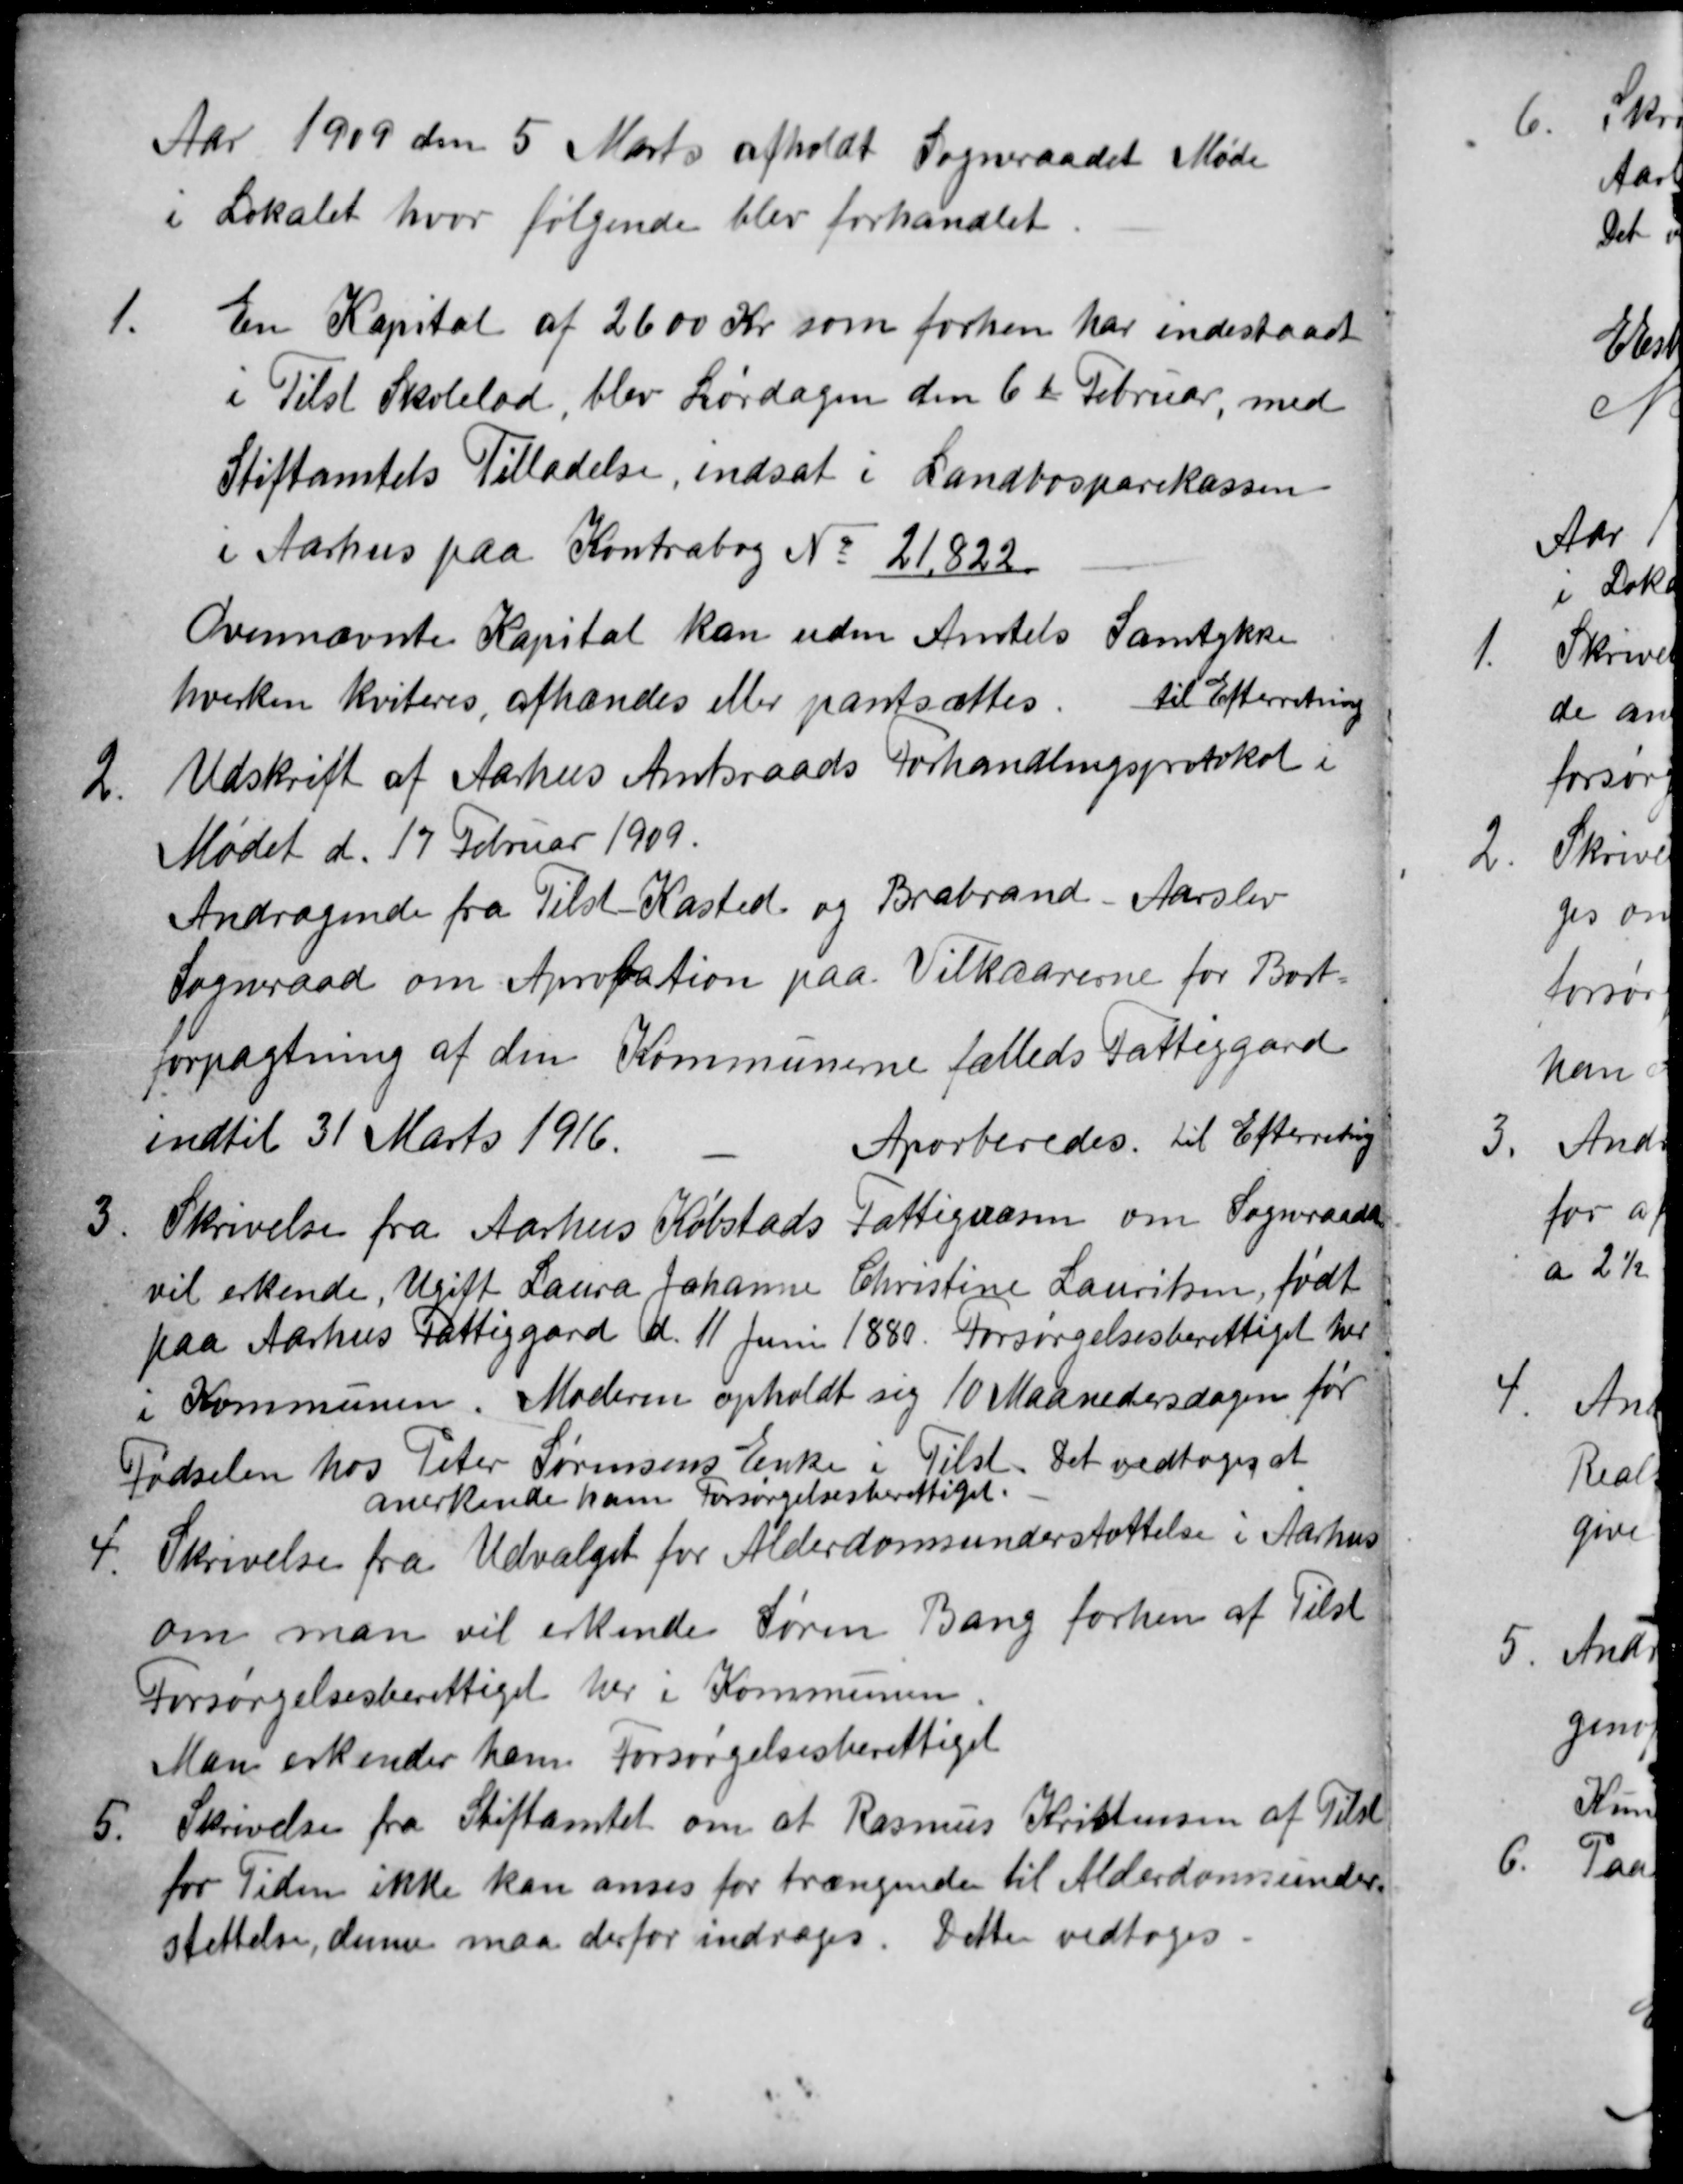
Transskription:
Aar 1909 den 5 Marts afholdt Sogneraadet Møde
i Lokalet hvor følgende blev forhandlet.
1. 
En Kapital af 2600 Kr som forhen har indestaaet
i Tilst Skolelod blev Lørdagen den 6te Februar, med
Stiftamtets Tilladelse, indsat i Landbosparekassen
i Aarhus paa Kontrabog № 21.822
Ovennævnte Kapital kan uden Amtets Samtykke
hverken kviteres, afhændes eller pantsættes. Til Efterretning
2.
Udskrift af Aarhus Amtsraads Forhandlingsprotokol i
Mødet d. 17 Februar 1909.
Andragende fra Tilst Kasted og Brabrand - Aarslev
Sogneraad om Aprobation paa Vilkaarerne for Bort-
forpagtning af den Kommunerne fælleds Fattiggård
indtil 31 Marts 1916.
Aporberedes. til Efterretning
3.
Skrivelse fra Aarhus Købstads Fattigvæsen om Sogneraadet
vil erkende, Ugift Laura Johanne Christine Lauritsen, født
paa Aarhus Fattiggård d. 11 Juni 1880. Forsørgelsesberettiget her
i Kommunen. Moderen opholdt sig 10 Maanedersdagen før
Fødselen hos Peter Sørensens Enke i Tilst. Det vedtoges at
anerkende ham Forsørgelsesberettiget.
4.
Skrivelse fra Udvalget for Alderdomsunderstøttelse i Aarhus
om man vil erkende Søren Bang forhen af Tilst
Forsørgelsesberettiget her i Kommunen.
Man erkender ham Forsørgelsesberettiget
5.
Skrivelse fra Stiftamtet om at Rasmus Kristensen af Tilst
for Tiden ikke kan anses for trængende til Alderdomsunder-
støttelse, denne maa derfor indrages. Dette vedtoges.